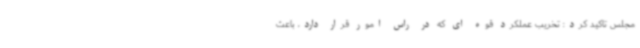
مجلس تاکید کرد: تخریب عملکرد قوه ای که در راس امور قرار دارد، باعث